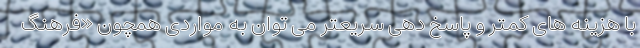
با هزینه های کمتر و پاسخ دهی سریعتر می توان به مواردی همچون «فرهنگ